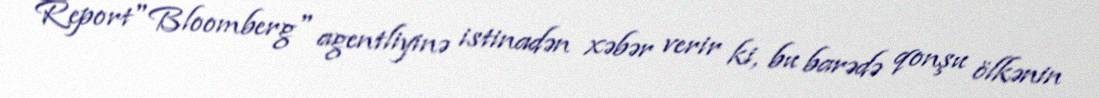
Report"Bloomberg" agentliyinə istinadən xəbər verir ki, bu barədə qonşu ölkənin